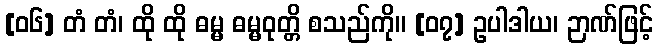
[၀၆] တံ တံ၊ ထို ထို ဓမ္မ ဓမ္မဝုတ္တိ စသည်ကို။ [၀၇] ဥပါဒါယ၊ ဉာဏ်ဖြင့်